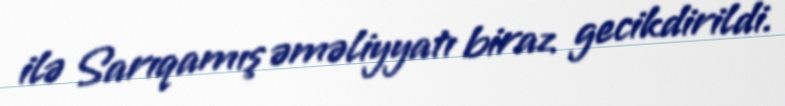
ilə Sarıqamış əməliyyatı biraz gecikdirildi.